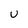
Character: U